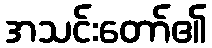
အသင်းတော်၏